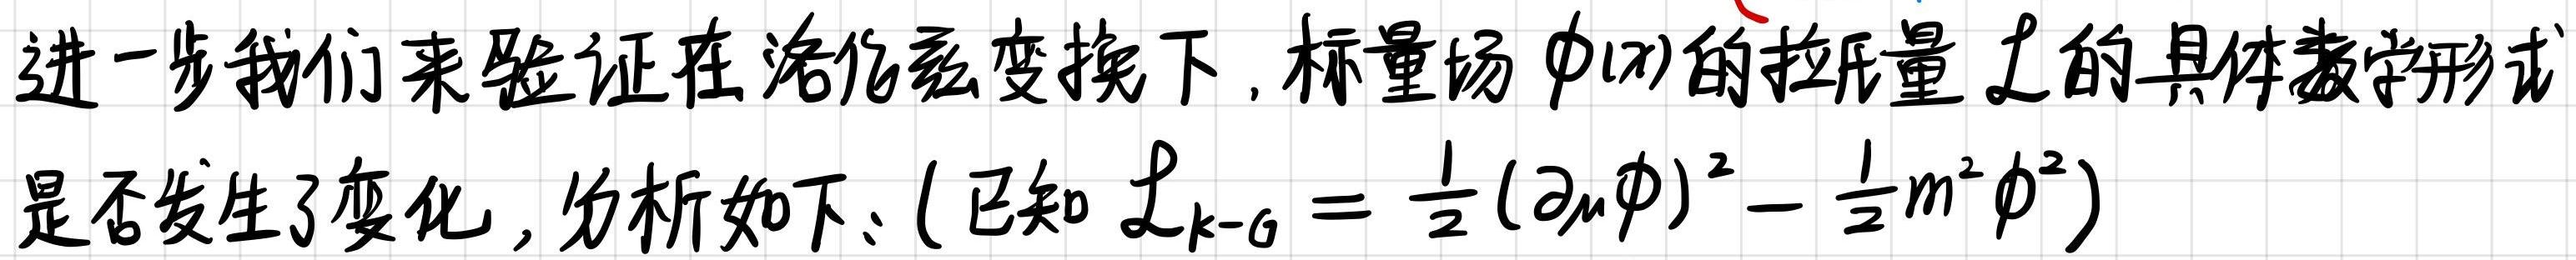
进一步我们来验证在洛伦兹变换下, 标量场 $\phi(x)$ 的拉氏量 $\mathcal{L}$ 的具体数学形式是否发生了变化, 分析如下: (已知 $\mathcal{L}_{k - \mathrm{G}} = \frac{1}{2}(\partial_{\mu}\phi)^2 - \frac{1}{2}m^2\phi^2$)